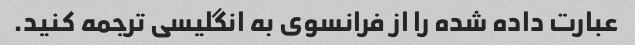
عبارت داده شده را از فرانسوی به انگلیسی ترجمه کنید.